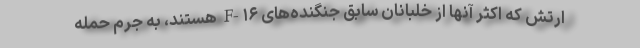
ارتش که اکثر آنها از خلبانان سابق جنگنده‌های F-۱۶ هستند، به جرم حمله